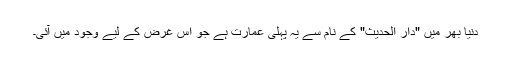
دنیا بھر میں "دار الحدیث" کے نام سے یہ پہلی عمارت ہے جو اس غرض کے لیے وجود میں آئی۔